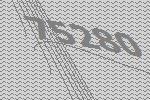
75280